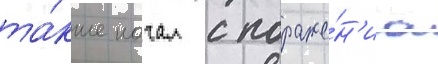
та́кже начал с пораже́н'иа